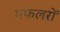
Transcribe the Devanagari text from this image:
मफलरों